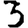
Digit: 3